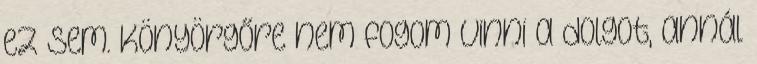
ez sem. Könyörgőre nem fogom vinni a dolgot, annál